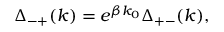
\Delta _ { - + } ( k ) = e ^ { \beta k _ { 0 } } \Delta _ { + - } ( k ) ,